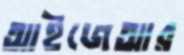
আইজেআর